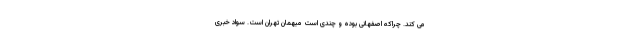
می کند. چراکه اصفهانی بوده و چندی است میهمان تهران است. سواد خبری